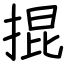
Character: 掍